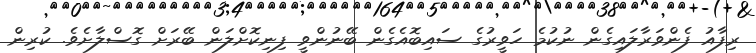
ރިފާއު ފެންވަރާލައިގެން ނުކުމެ ހަވީރުގެ ސައިބޮއެގެން ބޭނުންވީ ފިނިކޮށްލަން ބޭރަށް ގޮސްލާށެވެ. ކުރިން